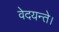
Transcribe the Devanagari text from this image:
वेदयन्ते।